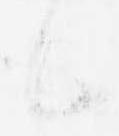
も